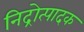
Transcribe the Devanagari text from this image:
निद्रोत्पादक